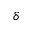
\delta